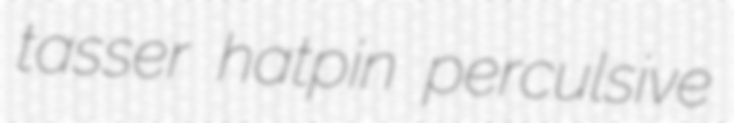
tasser hatpin perculsive